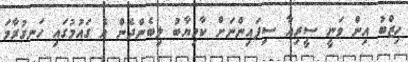
ހިޒްބު އިން ވަނީ ސީރިއާ ސިފައިންނަށް ކާމިޔާބު ލިބެންދެން އެ ގައުމުގައި ހަނގުރާމަ